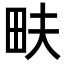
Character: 畉